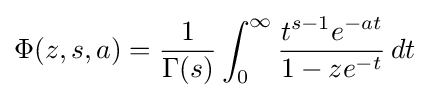
\Phi (z,s,a)={\frac {1}{\Gamma (s)}}\int _{0}^{\infty }{\frac {t^{s-1}e^{-at}}{1-ze^{-t}}}\,dt